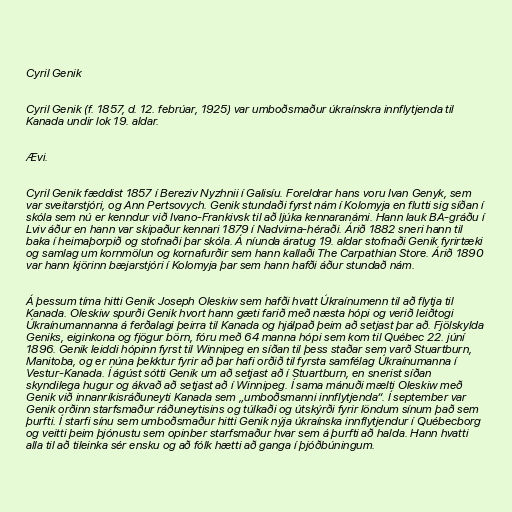
Cyril Genik

Cyril Genik (f. 1857, d. 12. febrúar, 1925) var umboðsmaður úkraínskra innflytjenda til
Kanada undir lok 19. aldar.

Ævi.

Cyril Genik fæddist 1857 í Bereziv Nyzhnii í Galisíu. Foreldrar hans voru Ivan Genyk, sem
var sveitarstjóri, og Ann Pertsovych. Genik stundaði fyrst nám í Kolomyja en flutti sig síðan í
skóla sem nú er kenndur við Ivano-Frankivsk til að ljúka kennaranámi. Hann lauk BA-gráðu í
Lviv áður en hann var skipaður kennari 1879 í Nadvirna-héraði. Árið 1882 sneri hann til
baka í heimaþorpið og stofnaði þar skóla. Á níunda áratug 19. aldar stofnaði Genik fyrirtæki
og samlag um kornmölun og kornafurðir sem hann kallaði The Carpathian Store. Árið 1890
var hann kjörinn bæjarstjóri í Kolomyja þar sem hann hafði áður stundað nám.

Á þessum tíma hitti Genik Joseph Oleskiw sem hafði hvatt Úkraínumenn til að flytja til
Kanada. Oleskiw spurði Genik hvort hann gæti farið með næsta hópi og verið leiðtogi
Úkraínumannanna á ferðalagi þeirra til Kanada og hjálpað þeim að setjast þar að. Fjölskylda
Geniks, eiginkona og fjögur börn, fóru með 64 manna hópi sem kom til Québec 22. júní
1896. Genik leiddi hópinn fyrst til Winnipeg en síðan til þess staðar sem varð Stuartburn,
Manitoba, og er núna þekktur fyrir að þar hafi orðið til fyrsta samfélag Úkraínumanna í
Vestur-Kanada. Í ágúst sótti Genik um að setjast að í Stuartburn, en snerist síðan
skyndilega hugur og ákvað að setjast að í Winnipeg. Í sama mánuði mælti Oleskiw með
Genik við innanríkisráðuneyti Kanada sem „umboðsmanni innflytjenda“. Í september var
Genik orðinn starfsmaður ráðuneytisins og túlkaði og útskýrði fyrir löndum sínum það sem
þurfti. Í starfi sínu sem umboðsmaður hitti Genik nýja úkraínska innflytjendur í Québecborg
og veitti þeim þjónustu sem opinber starfsmaður hvar sem á þurfti að halda. Hann hvatti
alla til að tileinka sér ensku og að fólk hætti að ganga í þjóðbúningum.